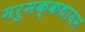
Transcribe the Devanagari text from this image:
मरुमक्कथायम